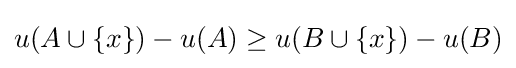
u(A\cup \{x\})-u(A)\geq u(B\cup \{x\})-u(B)